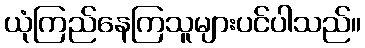
ယုံကြည်နေကြသူများပင်ပါသည်။